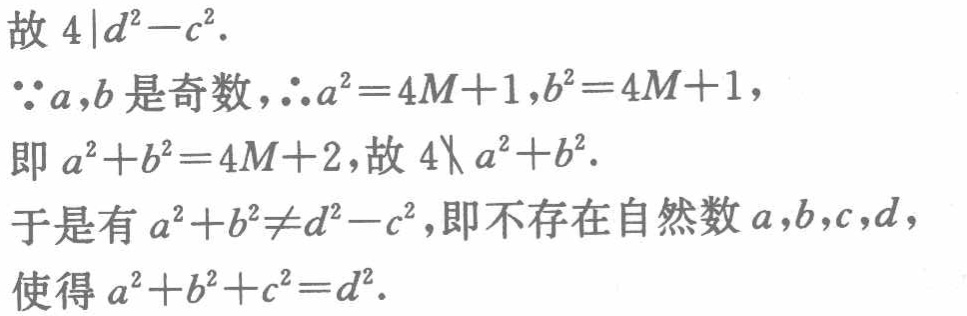
故 \(4\mid d^{2}-c^{2}\).

\(\because a,b\) 是奇数，\(\therefore a^{2}=4M + 1,b^{2}=4M + 1\)，

即 \(a^{2}+b^{2}=4M + 2\)，故 \(4\nmid a^{2}+b^{2}\).

于是有 \(a^{2}+b^{2}\neq d^{2}-c^{2}\)，即不存在自然数 \(a,b,c,d\)，

使得 \(a^{2}+b^{2}+c^{2}=d^{2}\).